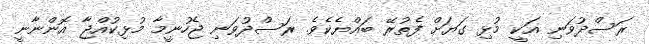
ރަސްދުވަނި އަކީ މުޅި ގަޔަށް ފެތުރޭ ބައްޔެކެވެ. ރަސްދުވަނި ޖެހުނީމާ މުޅިކުއްޖާ އޮންނާނީ